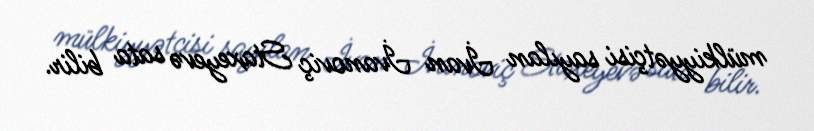
mülkiyyətçisi sayılan İvan İvanoviç Staxeyevə sata bilir.